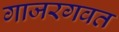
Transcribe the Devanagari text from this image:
गाजरगवत